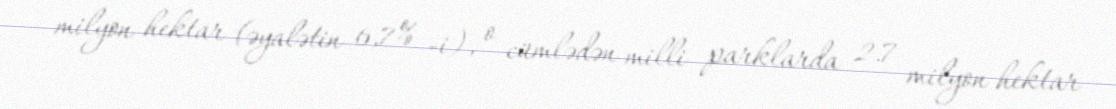
milyon hektar (əyalətin 6,7% -i), o cümlədən milli parklarda 2.7 milyon hektar